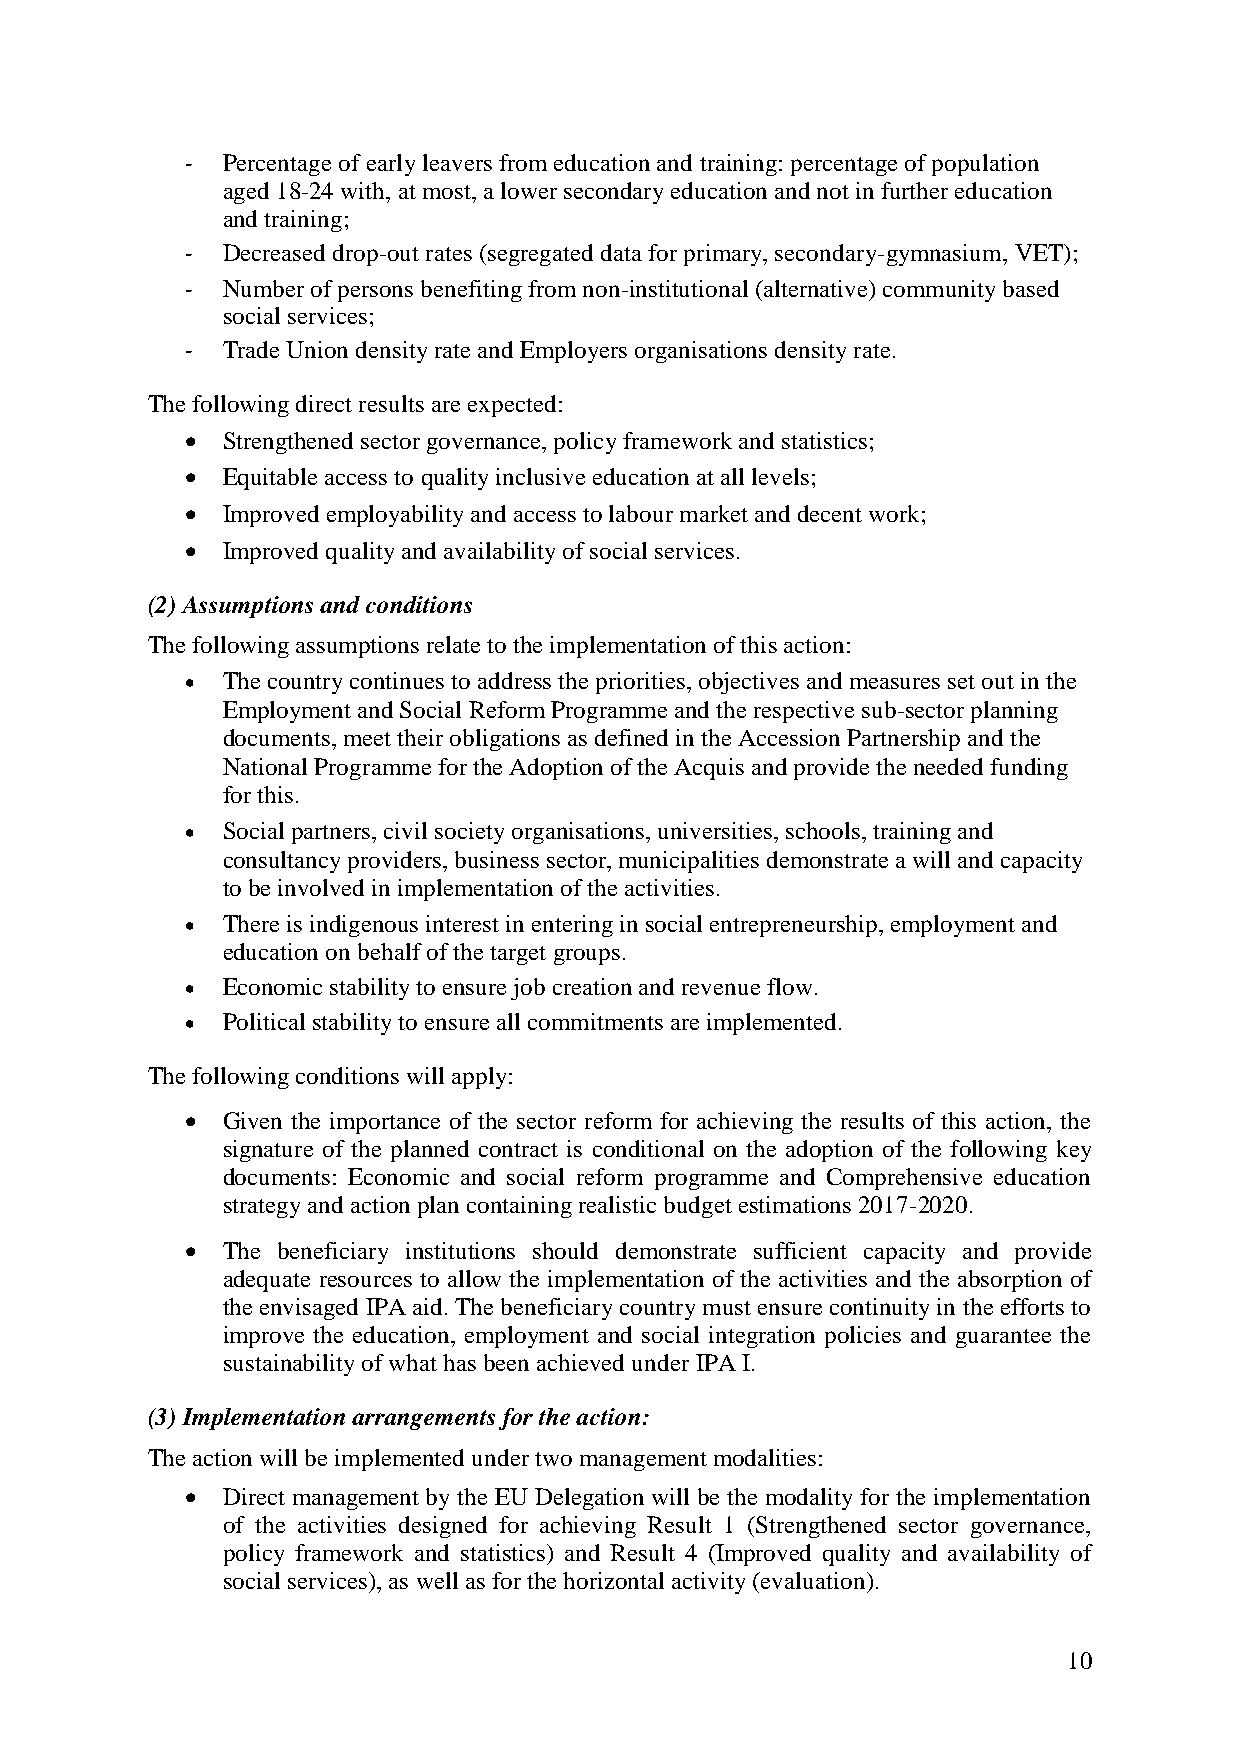
-  Percentage of early leavers from education and training: percentage of population
 aged 18-24 with, at most, a lower secondary education and not in further education
 and training;
 -  Decreased drop-out rates (segregated data for primary, secondary-gymnasium, VET);
 -  Number of persons benefiting from non-institutional (alternative) community based
 social services;
 -  Trade Union density rate and Employers organisations density rate.
 The following direct results are expected:
   Strengthened sector governance, policy framework and statistics;
 
   Equitable access to quality inclusive education at all levels;
 
   Improved employability and access to labour market and decent work;
 
   Improved quality and availability of social services.
 
 (2) Assumptions and conditions
 The following assumptions relate to the implementation of this action:
   The country continues to address the priorities, objectives and measures set out in the
 Employment and Social Reform Programme and the respective sub-sector planning
 documents, meet their obligations as defined in the Accession Partnership and the
 National Programme for the Adoption of the Acquis and provide the needed funding
 for this.
 
   Social partners, civil society organisations, universities, schools, training and
 consultancy providers, business sector, municipalities demonstrate a will and capacity
 to be involved in implementation of the activities.
 
   There is indigenous interest in entering in social entrepreneurship, employment and
 education on behalf of the target groups.
 
   Economic stability to ensure job creation and revenue flow.
 
   Political stability to ensure all commitments are implemented.
 The following conditions will apply:
   Given the importance of the sector reform for achieving the results of this action, the
 signature of the planned contract is conditional on the adoption of the following key
 documents: Economic and social reform programme and Comprehensive education
 strategy and action plan containing realistic budget estimations 2017-2020.
 
   The beneficiary institutions should demonstrate sufficient capacity and provide
 adequate resources to allow the implementation of the activities and the absorption of
 the envisaged IPA aid. The beneficiary country must ensure continuity in the efforts to
 improve the education, employment and social integration policies and guarantee the
 sustainability of what has been achieved under IPA I.
 
 (3) Implementation arrangements for the action:
 The action will be implemented under two management modalities:
   Direct management by the EU Delegation will be the modality for the implementation
 of the activities designed for achieving Result 1 (Strengthened sector governance,
 policy framework and statistics) and Result 4 (Improved quality and availability of
 social services), as well as for the horizontal activity (evaluation).
 10